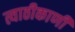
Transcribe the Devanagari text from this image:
त्याठीकाणी